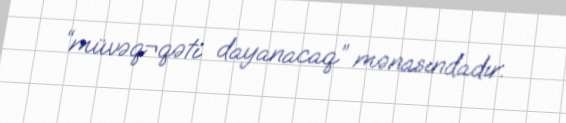
“müvəq¬qəti dayanacaq” mənasındadır.